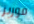
فوربز